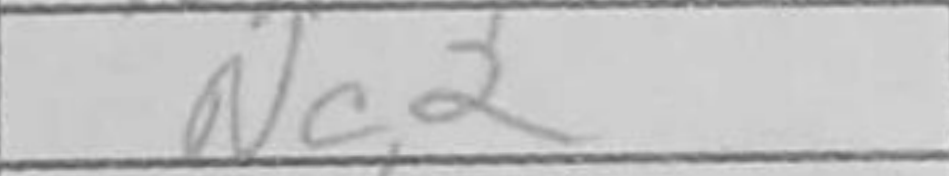
Transcription: Nc2